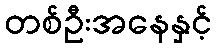
တစ်ဦးအနေနှင့်